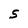
Character: S